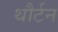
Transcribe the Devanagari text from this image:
थौर्टन